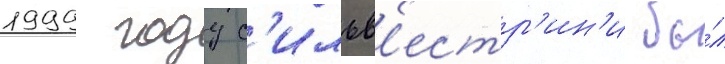
1999 году с'ильв'естр'ин'и бы́л